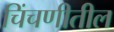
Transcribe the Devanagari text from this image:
चिंचणीतील